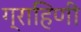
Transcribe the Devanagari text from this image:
ग्राहिणी